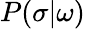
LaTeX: P(\sigma\vert\omega)